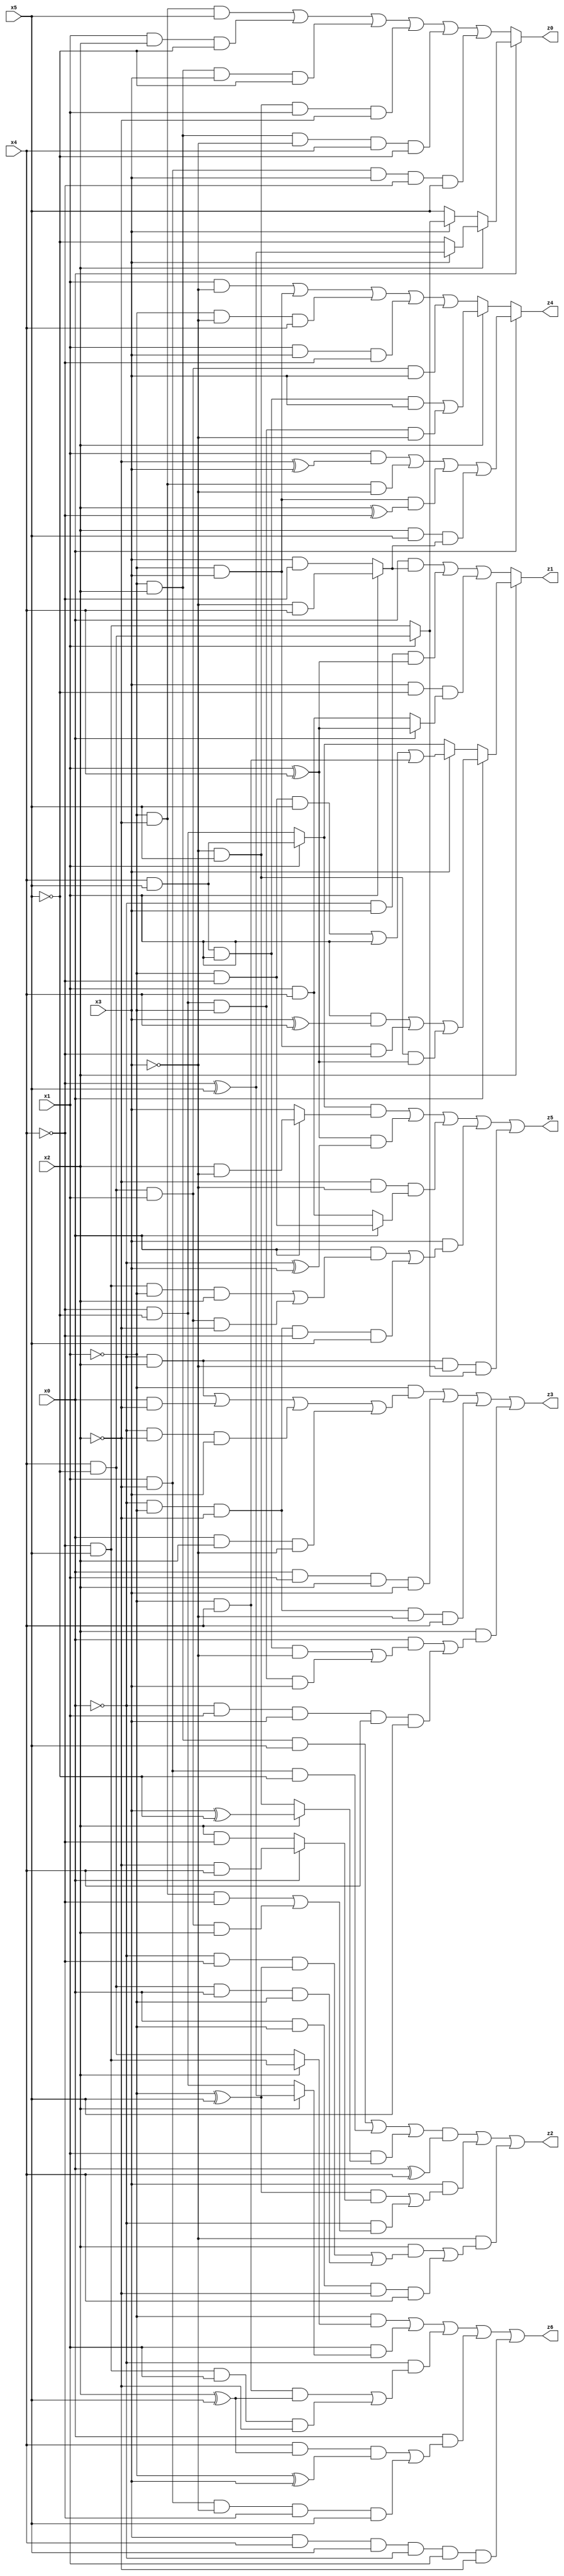
// Benchmark "X_2" written by ABC on Wed Jun 07 15:26:22 2023

module X_44 ( 
    x0, x1, x2, x3, x4, x5,
    z0, z1, z2, z3, z4, z5, z6  );
  input  x0, x1, x2, x3, x4, x5;
  output z0, z1, z2, z3, z4, z5, z6;
  assign z0 = x0 ? (x2 ? (x3 ? (~x4 ^ x5) : ~x5) : (x3 ? (x1 ? (x4 & ~x5) : (~x4 & x5)) : x5)) : ((~x1 & ~x2 & x5) | (x1 & x2 & ~x5) | (~x1 & x2 & x3 & ~x5) | (~x3 & x5 & x1 & ~x2) | (~x1 & x2 & ~x3 & x4 & ~x5) | (x1 & ~x2 & x3 & ~x4 & x5));
  assign z1 = x2 ? (x0 ? ((x1 & (x3 ^ x4)) | (~x1 & x3 & ~x4) | (~x3 & x5 & (x1 ^ x4))) : (x3 ? ((~x1 & ~x4 & x5) | x1 | (~x1 & x4)) : (x1 ? (x4 & x5) : (~x4 & ~x5)))) : ((x0 & (x1 ? (~x3 & x4) : (x3 & ~x4))) | (~x0 & x3 & (x1 ^ x4)) | (x3 & ~x5 & (x0 ? (x1 ^ x4) : (x1 & x4))));
  assign z2 = (((~x1 & x2 & x5) | (x1 & ~x2 & ~x5) | (x1 & (x2 ? (x3 ^ ~x5) : (~x3 & x5)))) & (x0 ^ x4)) | (x3 & (((~x1 ^ x5) & (x0 ? (~x2 & x4) : (x2 & ~x4))) | (~x0 & ((~x1 & ~x2 & ~x4) | (x4 & ~x5 & x1 & x2))))) | (~x3 & ((x2 & ((~x0 & ~x4 & (~x1 ^ x5)) | (x4 & ~x5 & x0 & ~x1))) | (x0 & ~x1 & ~x2 & x4)));
  assign z3 = (~x1 & ((~x0 & x2) | (x0 & ~x2) | (~x0 & ~x2 & x3) | (x0 & x2 & ~x3))) | (x0 & x1 & x2 & x3) | (~x0 & ~x1 & ~x2 & ~x3 & x4) | (x2 & ((x0 & ((x4 & x5 & x1 & ~x3) | (~x4 & ~x5 & ~x1 & x3))) | (~x0 & x1 & x3 & x4 & x5)));
  assign z4 = x0 ? ((x1 & (~x2 ^ x3)) | (~x1 & ~x2 & ~x3) | (~x1 & x3 & (x2 ^ ~x4)) | (x2 & x5 & (x1 ? (~x3 & x4) : (x3 & ~x4)))) : (x2 ? ((x4 & x5 & x1 & x3) | (~x4 & ~x5 & ~x1 & ~x3)) : ((x1 & ~x3) | (~x1 & x3) | (~x1 & ~x3 & x4) | (x1 & x3 & ~x4) | (x4 & ~x5 & x1 & x3)));
  assign z5 = ((x1 ? (x4 & x5) : (~x4 & ~x5)) & (x0 ? (x2 & ~x3) : x3)) | ((x1 ^ x4) & (~x0 ^ x3)) | (~x2 & ~x3 & (x0 ? (~x1 & ~x4) : (x1 & x4))) | (x3 & ((x0 & ((~x4 & x5 & ~x1 & x2) | (x4 & ~x5 & x1 & ~x2))) | (~x0 & ~x1 & ~x2 & ~x4 & x5))) | (~x0 & x2 & ~x3 & (x1 ? (x4 & ~x5) : (~x4 & x5)));
  assign z6 = (~x1 & (x2 ? (~x4 & x5) : (x4 & ~x5))) | (x1 & (x2 ? (~x4 ^ x5) : (~x4 & ~x5))) | (~x0 & ((~x1 & x4 & (x2 ^ x5)) | (~x4 & x5 & x1 & ~x2))) | (x0 & ((x4 & (x2 ^ x5) & (~x1 ^ x3)) | (x1 & ~x2 & ~x3 & ~x4 & x5))) | (x3 & x4 & x5 & ~x0 & x1 & ~x2);
endmodule